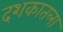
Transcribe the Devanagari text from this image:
दशकातला